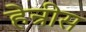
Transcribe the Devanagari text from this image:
हेन्रीस